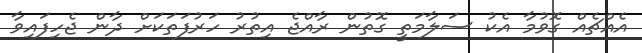
އެއްޗެއް ގޮވުމާ އެކު ސަލާމަތީ ގޮތުން ރާއްޖެ އިތުރު ހަރުފަތަކަށް ދާން ޖެހިފައިވާ